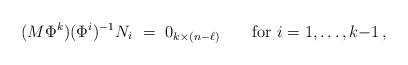
LaTeX: \begin{align*} (M\Phi^k) (\Phi^i)^{-1}N_i\ =\ 0_{k\times(n-\ell)} \qquad\mbox{for}\ i=1,\dotsc,k{-}1\,, \end{align*}